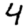
Digit: 4